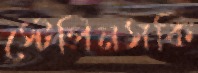
স্টেপিনসকি